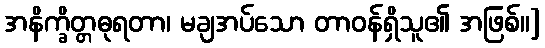
အနိက္ခိတ္တဓုရတာ၊ မချအပ်သော တာဝန်ရှိသူ၏ အဖြစ်။]